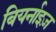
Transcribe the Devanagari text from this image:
बियर्नाइज़